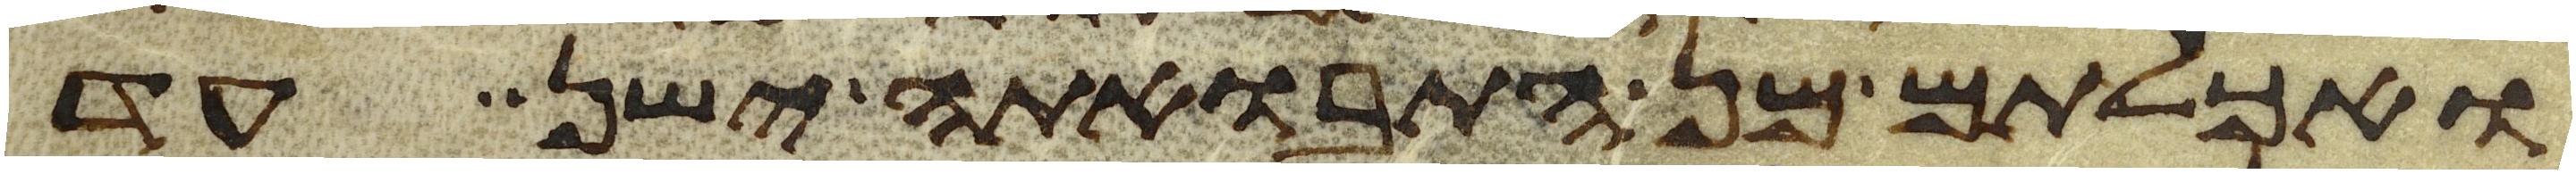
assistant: ואכלתם מן התבואתה ישן עד